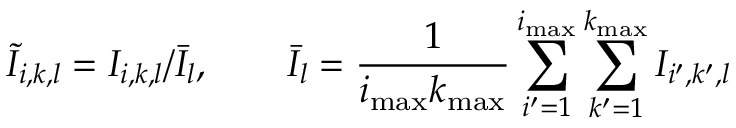
\tilde { I } _ { i , k , l } = I _ { i , k , l } / \bar { I } _ { l } , \qquad \bar { I } _ { l } = \frac 1 { i _ { \mathrm { m a x } } k _ { \mathrm { m a x } } } \sum _ { i ^ { \prime } = 1 } ^ { i _ { \mathrm { m a x } } } \sum _ { k ^ { \prime } = 1 } ^ { k _ { \mathrm { m a x } } } I _ { i ^ { \prime } , k ^ { \prime } , l }